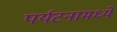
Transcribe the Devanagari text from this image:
पर्यटनामध्ये